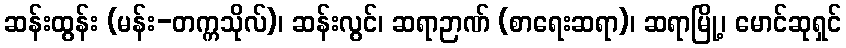
ဆန်းထွန်း (မန်း-တက္ကသိုလ်)၊ ဆန်းလွင်၊ ဆရာဉာဏ် (စာရေးဆရာ)၊ ဆရာမြို့၊ မောင်ဆုရှင်